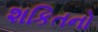
શકિતનો